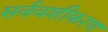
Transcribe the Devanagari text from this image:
सर्ववशीकरण